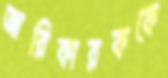
জারিকারককে